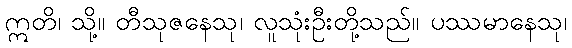
ဣတိ၊ သို့။ တီသုဇနေသု၊ လူသုံးဦးတို့သည်။ ပဿမာနေသု၊